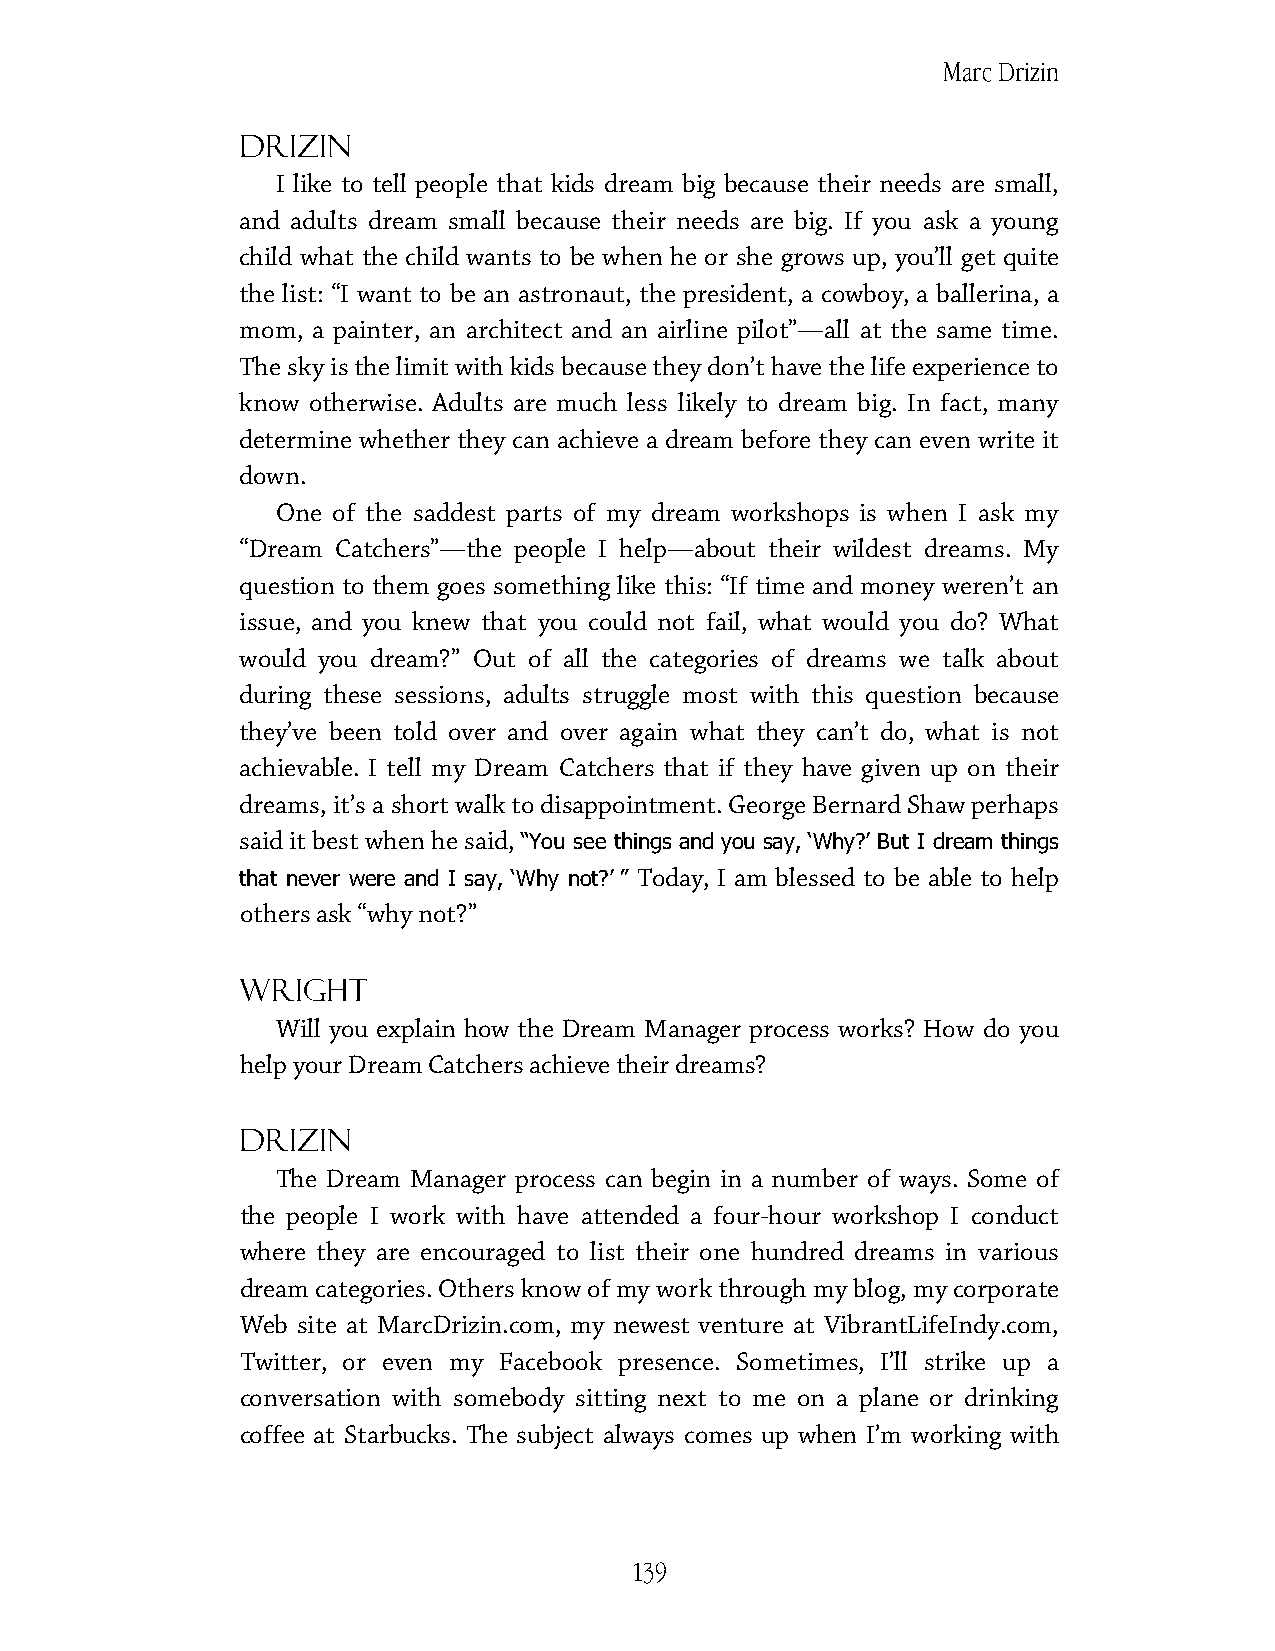
Marc Drizin
 Drizin
 I like to tell people that kids dream big because their needs are small,
 and adults dream small because their needs are big. If you ask a young
 child what the child wants to be when he or she grows up, you’ll get quite
 the list: “I want to be an astronaut, the president, a cowboy, a ballerina, a
 mom, a painter, an architect and an airline pilot”—all at the same time.
 The sky is the limit with kids because they don’t have the life experience to
 know otherwise. Adults are much less likely to dream big. In fact, many
 determine whether they can achieve a dream before they can even write it
 down.
 One of the saddest parts of my dream workshops is when I ask my
 “Dream Catchers”—the people I help—about their wildest dreams. My
 question to them goes something like this: “If time and money weren’t an
 issue, and you knew that you could not fail, what would you do? What
 would you dream?” Out of all the categories of dreams we talk about
 during these sessions, adults struggle most with this question because
 they’ve been told over and over again what they can’t do, what is not
 achievable. I tell my Dream Catchers that if they have given up on their
 dreams, it’s a short walk to disappointment. George Bernard Shaw perhaps
 said it best when he said,
 “You see things and you say, ‘Why?’ But I dream things
 Today, I am blessed to be able to help
 that never were and I say, ‘Why not?’ ”
 others ask “why not?”
 Wright
 Will you explain how the Dream Manager process works? How do you
 help your Dream Catchers achieve their dreams?
 Drizin
 The Dream Manager process can begin in a number of ways. Some of
 the people I work with have attended a four-hour workshop I conduct
 where they are encouraged to list their one hundred dreams in various
 dream categories. Others know of my work through my blog, my corporate
 Web site at MarcDrizin.com, my newest venture at VibrantLifeIndy.com,
 Twitter, or even my Facebook presence. Sometimes, I’ll strike up a
 conversation with somebody sitting next to me on a plane or drinking
 coffee at Starbucks. The subject always comes up when I’m working with
 139